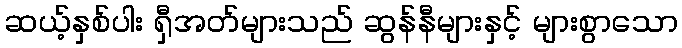
ဆယ့်နှစ်ပါး ရှီအတ်များသည် ဆွန်နီများနှင့် များစွာသော